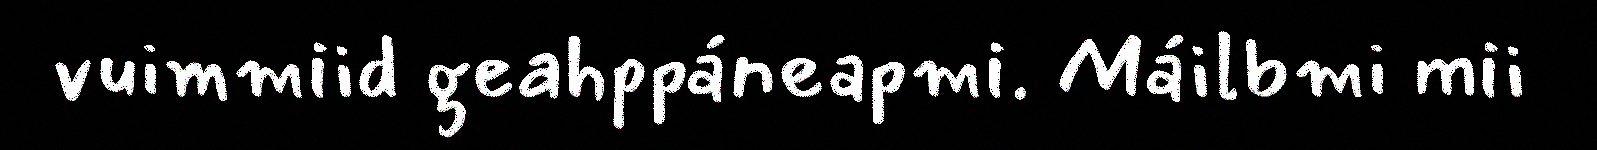
vuimmiid geahppáneapmi. Máilbmi mii